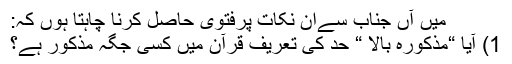
میں آں جناب سےان نکات پرفتویٰ حاصل کرنا چاہتا ہوں کہ:
1) آیا “مذکورہ بالا “ حد کی تعریف قرآن میں کسی جگہ مذکور ہے؟